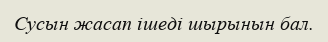
Сусын жасап ішеді шырынын бал.